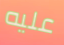
عليه